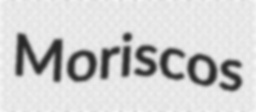
Moriscos